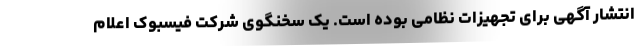
انتشار آگهی برای تجهیزات نظامی بوده است. یک سخنگوی شرکت فیسبوک اعلام